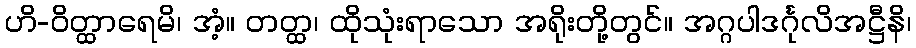
ဟိ-ဝိတ္ထာရေမိ၊ အံ့။ တတ္ထ၊ ထိုသုံးရာသော အရိုးတို့တွင်။ အဂ္ဂပါဒင်္ဂုလိအဋ္ဌီနိ၊